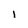
Character: i